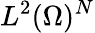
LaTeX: L^{2}(\Omega)^{N}